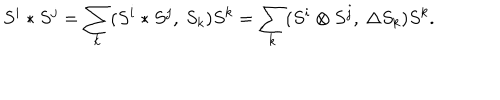
S ^ { i } * S ^ { j } = \sum _ { k } ( S ^ { i } * S ^ { j } , \: S _ { k } ) S ^ { k } = \sum _ { k } ( S ^ { i } \otimes S ^ { j } , \: \Delta S _ { k } ) S ^ { k } .